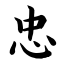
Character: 忠